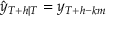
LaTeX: { \hat { y } } _ { T + h | T } = y _ { T + h - k m }